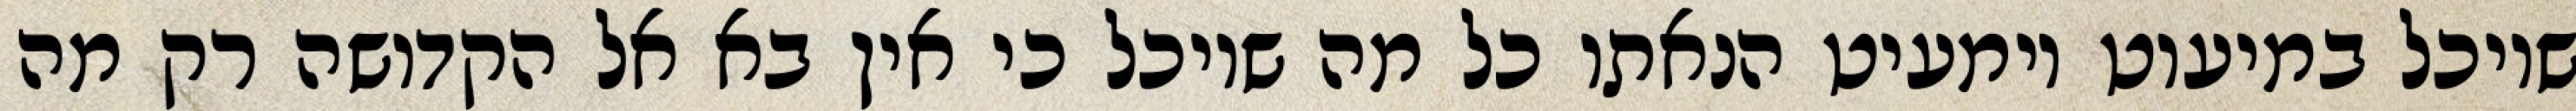
שיוכל במיעוט וימעיט הנאתו כל מה שיוכל כי אין בא אל הקדושה רק מה